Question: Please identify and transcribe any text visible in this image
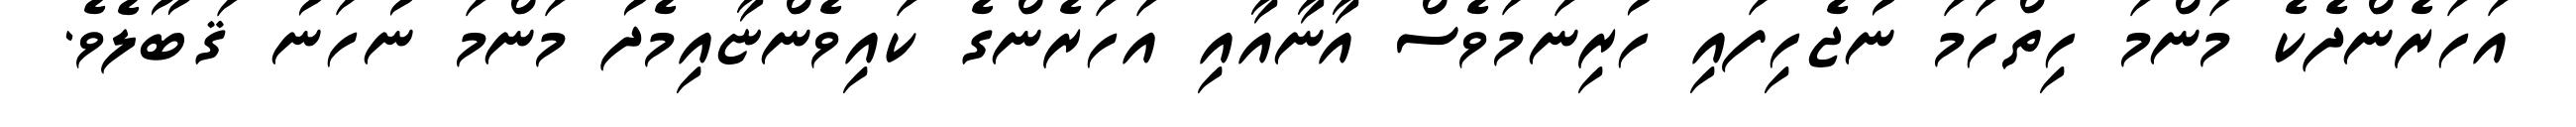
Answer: އަހަރެންދެކެ މަންމަ ހިތްހަމަ ނުޖެހިފައި ހުރިނަމަވެސް އާނާއާއި އަހަރެންގެ ކައިވެންޏާއިމެދު މަންމަ ނުހަނު ޤަބޫލެވެ.